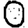
Digit: 0